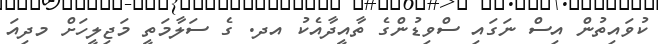
ކުވައިތުން އިސް ނަގައި ސްވިޑުންގެ ތާއީދާއެކު އދ. ގެ ސަލާމަތީ މަޖިލީހަށް މދިއަ